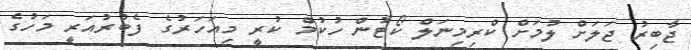
ޖާބިރު ޖަލަށް ލުމަށް ކްރިމިނަލް ކޯޓުން ހުކުމް ކުރީ މިއަހަރުގެ ފެބުރުއަރީ މަހުގެ